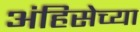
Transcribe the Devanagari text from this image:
अंहिसेच्या